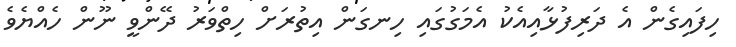
ހިފައިގެން އެ ދަރިފުޅާއިއެކު އެމަގުގައި ހިނގަން އިތުރަށް ހިތްވަރު ދޭންވީ ނޫން ހެއްޔެވެ